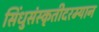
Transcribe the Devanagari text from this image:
सिंधुसंस्कृतीदरम्यान